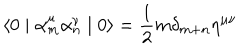
LaTeX: \langle 0 \mid { \alpha } _ { m } ^ { \mu } { \alpha } _ { n } ^ { \nu } \mid 0 \rangle = \frac { 1 } { 2 } m { \delta } _ { m + n } { \eta } ^ { \mu \nu }